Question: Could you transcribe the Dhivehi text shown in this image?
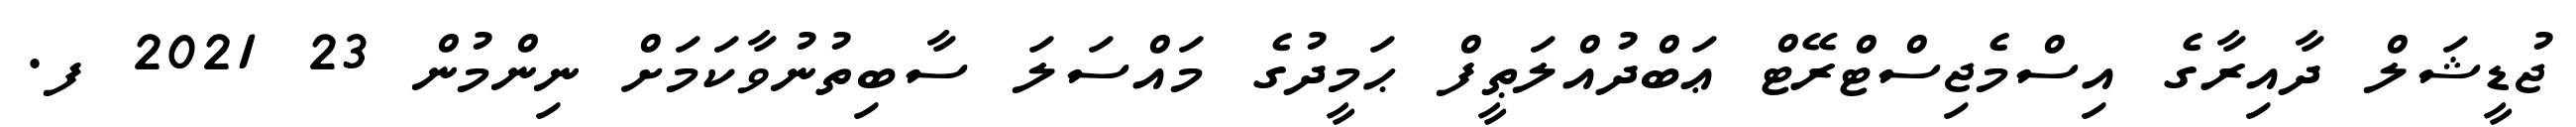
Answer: ޖުޑީޝަލް ދާއިރާގެ އިސްމެޖިސްޓްރޭޓް ޢަބްދުއްލަޠީފް ޙަމީދުގެ މައްސަލަ ސާބިތުނުވާކަމަށް ނިންމުން 23 2021 ފ.